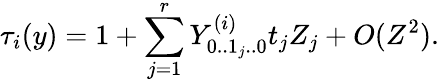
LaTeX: \tau_{i}(y)=1+\sum_{j=1}^{r}Y_{0..1_{j}..0}^{(i)}t_{j}Z_{j}+O(Z^{2}).